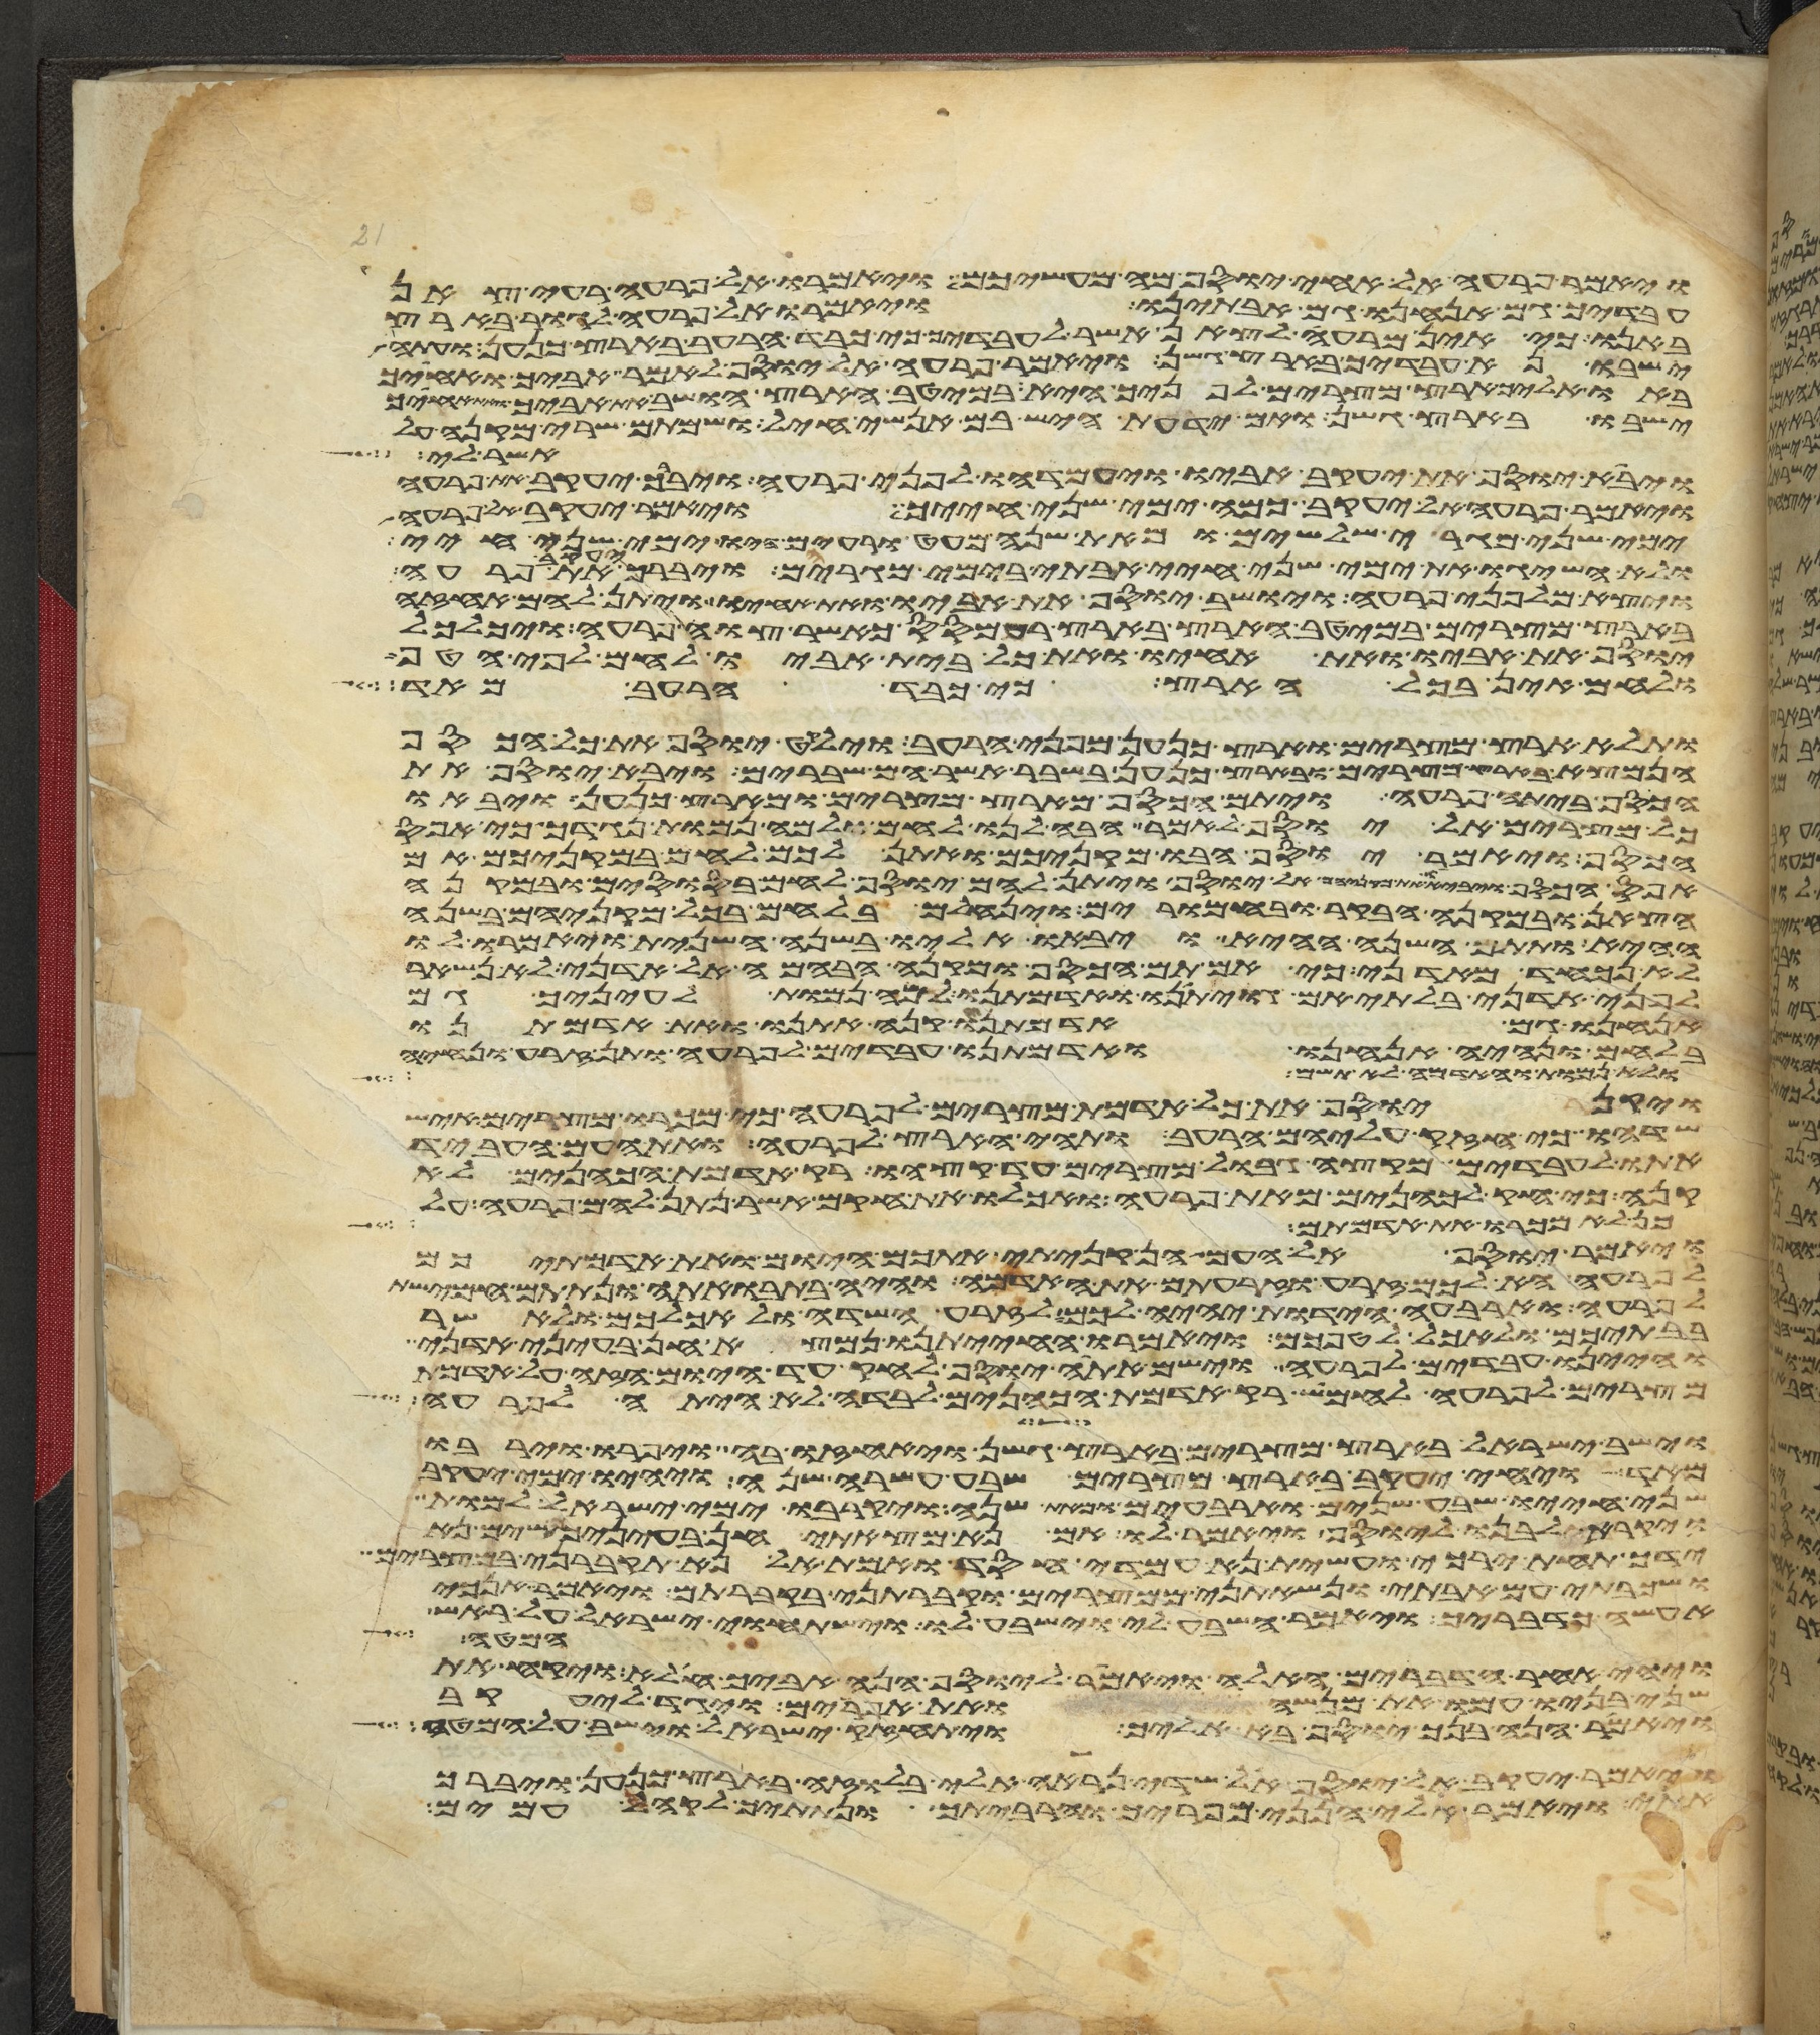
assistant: ויאמר פרעה אל אחי יוסף מה מעשיכם ויאמרו אל פרעה רעי צאן
עבדיך גם אנחנו גם אבתינו ויאמרו אל פרעה לגור בארץ
באנו כי אין מרעה לצאן אשר לעבדיך כי כבד הרעב בארץ כנען ועתה
ישבו נא עבדיך בארץ גשן ויאמר פרעה אל יוסף לאמר אביך ואחיך
באו אליך ארץ מצרים לפניך היא במיטב הארץ הושב את אביך ואת אחיך
ישבו בארץ גשן ואם ידעת היש בם אנשי חיל ושמתם שרי מקנה על
אשר לי
ויבא יוסף את יעקב אביו ויעמדהו לפני פרעה ויברך יעקב את פרעה
ויאמר פרעה אל יעקב כמה ימי שני חייך ויאמר יעקב אל פרעה
ימי שני מגרי שלשים ומאת שנה מעט ורעים היו ימי שני חיי
ולא השיגו את ימי שני חיי אבותי בימי מגריהם ויברך יעקב את פרעה
ויצא מלפני פרעה ויושב יוסף את אביו ואת אחיו ויתן להם אחזה
בארץ מצרים במיטב הארץ בארץ רעמסס כאשר צוה פרעה ויכלכל
יוסף את אביו ואת אחיו ואת כל בית אביו לחם לפי הטף
ולחם אין בכל הארץ כי כבד הרעב מאד
ותלא ארץ מצרים וארץ כנען מפני הרעב וילקט יוסף את כל הכסף
הנמצא בארץ מצרים ובארץ כנען בשבר אשר הם שברים ויבא יוסף את
הכסף ביתה פרעה ויתם הכסף מארץ מצרים ומארץ כנען ויבאו
כל מצרים אל יוסף לאמר הבה לנו לחם ולמה נמות נגדך כי אפס
הכסף ויאמר יוסף הבו מקניכם ואתן לכם לחם במקניכם אם
אפס הכסף ויביאו את מקניהם אל יוסף ויתן להם יוסף לחם בסוסים ובמקנה
הצאן ובמקנה הבקר ובחמרים וינחלם בלחם בכל מקניהם בשנה
ההיא ותתם השנה ההיא ויבאו אליו בשנה השנית ויאמרו לו
לא נכחד מאדני כי אם תם הכסף ומקנה הבהמה אל אדני לא נשאר
לפני אדני בלתי אם גויתינו ואדמתנו למה נמות לעיניך גם
אנחנו גם אדמתנו קנה אתנו ואת אדמתנו
בלחם ונהיה אנחנו ואדמתנו עבדים לפרעה ותן זרע ונחיה
ולא נמות והאדמה לא תשם
ויקן יוסף את כל אדמת מצרים לפרעה כי מכרו מצרים איש
שדהו כי חזק עליהם הרעב ותהי הארץ לפרעה ואת העם העביד
אתו לעבדים מקצה גבול מצרים עד קצהו רק אדמת הכהנים לא
קנה כי חק לכהנים מאת פרעה ואכלו את חקם אשר נתן להם פרעה על
כן לא מכרו את אדמתם
ויאמר יוסף אל העם הן קניתי אתכם היום ואת אדמתיכם
לפרעה הא לכם זרע וזרעתם את האדמה והיה בתבואתה ונתתם חמישת
לפרעה וארבע הידות יהיה לכם לזרע השדה ולאכלכם ולאשר
בבתיכם ולאכל לטפכם ויאמרו החיתנו נמצא חן בעיני אדני
והיינו עבדים לפרעה וישם אתה יוסף לחק עד היום הזה על אדמת
מצרים לפרעה לחמוש רק אדמת הכהנים לבדה לא היתה לפרעה
וישב ישראל בארץ מצרים בארץ גשן ויאחזו בה ויפרו וירבו
מאד ויחי יעקב בארץ מצרים שבע עשרה שנה ויהיו ימי יעקב
שני חייו שבע שנים וארבעים ומאת שנה ויקרבו ימי ישראל למות
ויקרא לבנו ליוסף ויאמר לו אם נא מצאתי חן בעיניך שים נא
ידך תחת ירכי ועשית נא עמדי חסד ואמת אל נא תקברני במצרים
ושכבתי עם אבתי ונשאתני ממצרים וקברתני בקברתם ויאמר אנכי
אעשה כדבריך ויאמר השבע לי וישבע לו וישתחוי ישראל על ראש
המטה
ויהי אחר הדברים האלה ויאמר ליוסף הנה אביך חלה ויקח את
שני בניו עמו את מנשה ואת אפרים ויגד ליעקב
ויאמר הנה בנך יוסף בא אליך ויתחזק ישראל וישב על המטה
ויאמר יעקב אל יוסף אל שדי נראה אלי בלוזה בארץ כנען ויברך
אתי ויאמר אלי הנני מפריך והרביתיך ונתתיך לקהל עמים